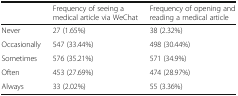
|  | Frequency of seeing a medical article via WeChat | Frequency of opening and reading a medical article |
 | --- | --- | --- |
 | Never | 27 (1.65%) | 38 (2.32%) |
 | Occasionally | 547 (33.44%) | 498 (30.44%) |
 | Sometimes | 576 (35.21%) | 571 (34.9%) |
 | Often | 453 (27.69%) | 474 (28.97%) |
 | Always | 33 (2.02%) | 55 (3.36%) |